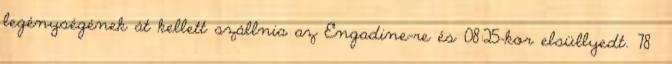
legénységének át kellett szállnia az Engadine-re és 08:25-kor elsüllyedt. 78